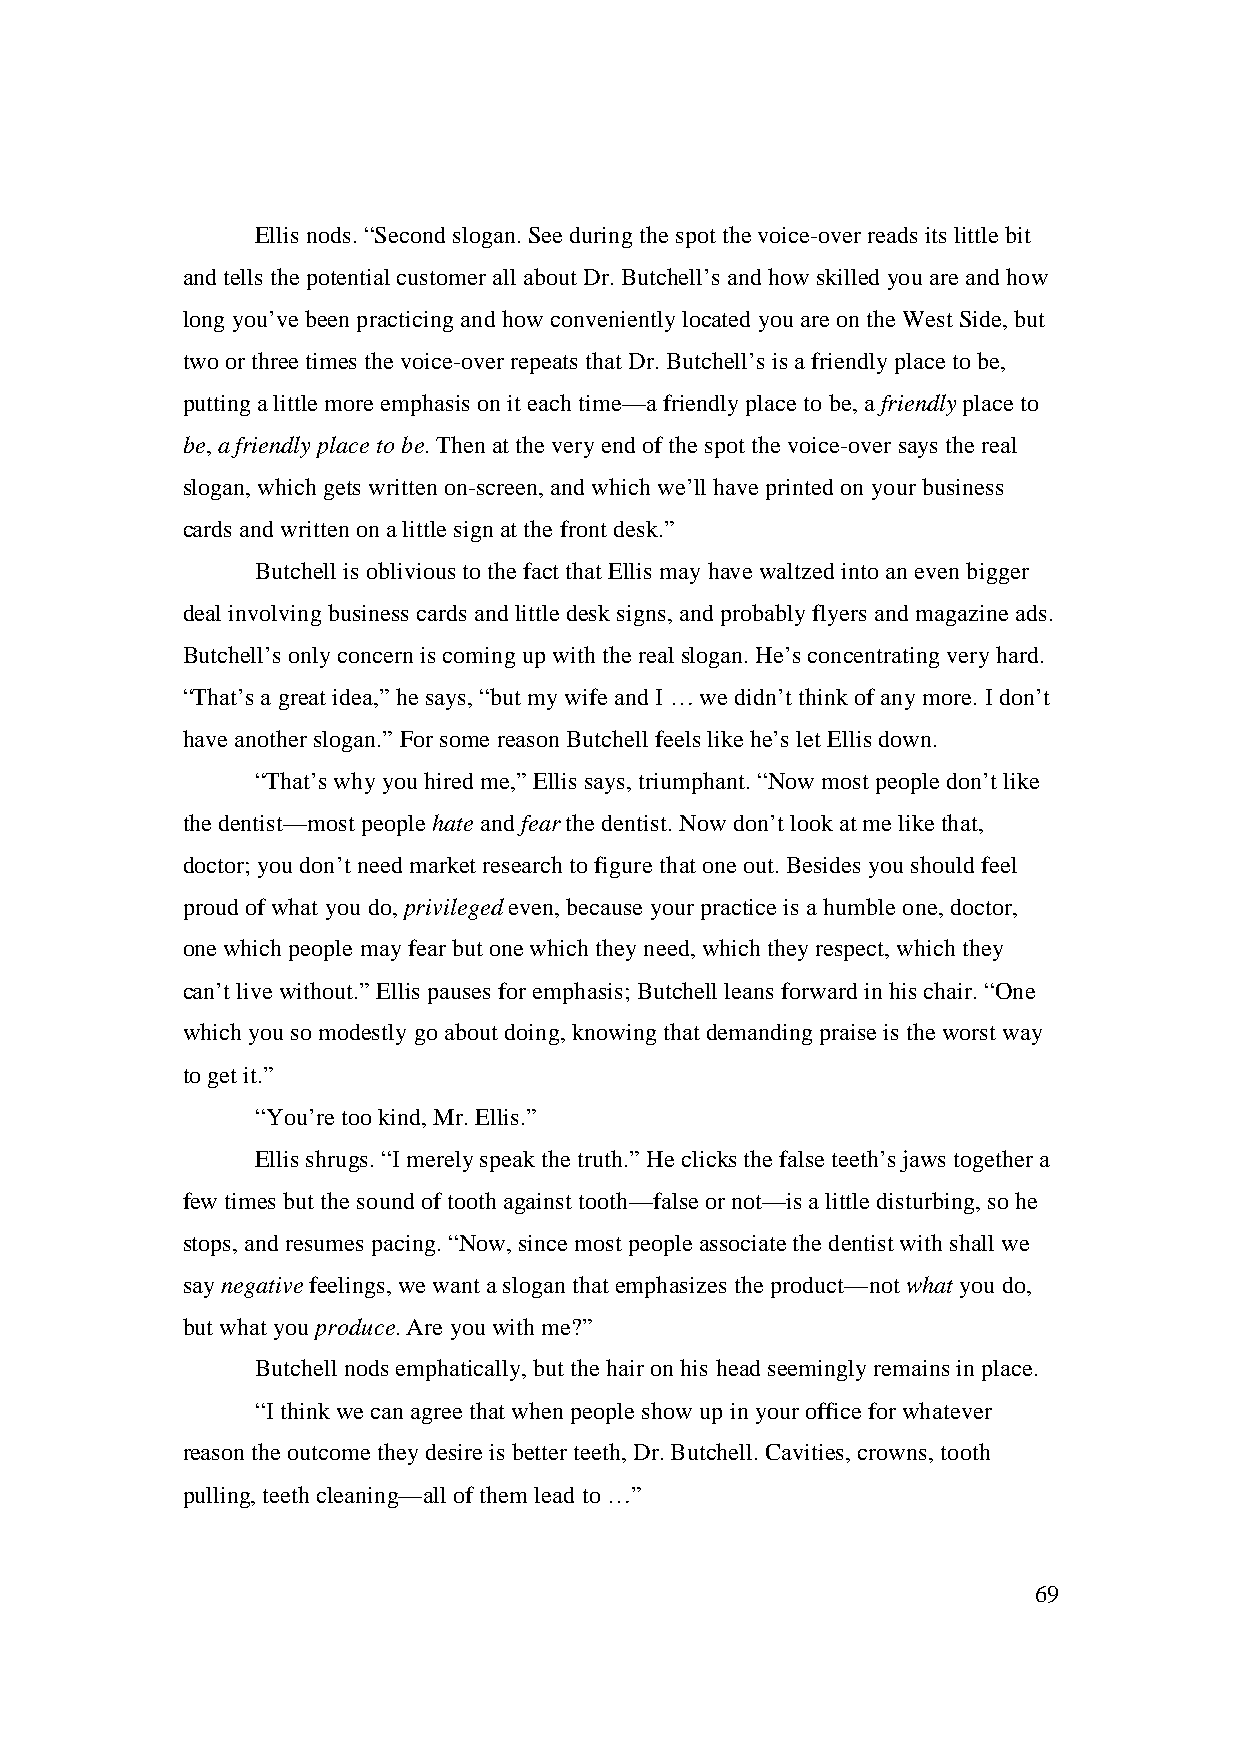
Ellis nods. “Second slogan. See during the spot the voice-over reads its little bit
 and tells the potential customer all about Dr. Butchell’s and how skilled you are and how
 long you’ve been practicing and how conveniently located you are on the West Side, but
 two or three times the voice-over repeats that Dr. Butchell’s is a friendly place to be,
 putting a little more emphasis on it each time—a friendly place to be, a friendly place to
 be, a friendly place to be. Then at the very end of the spot the voice-over says the real
 slogan, which gets written on-screen, and which we’ll have printed on your business
 cards and written on a little sign at the front desk.”
 Butchell is oblivious to the fact that Ellis may have waltzed into an even bigger
 deal involving business cards and little desk signs, and probably flyers and magazine ads.
 Butchell’s only concern is coming up with the real slogan. He’s concentrating very hard.
 “That’s a great idea,” he says, “but my wife and I … we didn’t think of any more. I don’t
 have another slogan.” For some reason Butchell feels like he’s let Ellis down.
 “That’s why you hired me,” Ellis says, triumphant. “Now most people don’t like
 the dentist—most people hate and fear the dentist. Now don’t look at me like that,
 doctor; you don’t need market research to figure that one out. Besides you should feel
 proud of what you do, privileged even, because your practice is a humble one, doctor,
 one which people may fear but one which they need, which they respect, which they
 can’t live without.” Ellis pauses for emphasis; Butchell leans forward in his chair. “One
 which you so modestly go about doing, knowing that demanding praise is the worst way
 to get it.”
 “You’re too kind, Mr. Ellis.”
 Ellis shrugs. “I merely speak the truth.” He clicks the false teeth’s jaws together a
 few times but the sound of tooth against tooth—false or not—is a little disturbing, so he
 stops, and resumes pacing. “Now, since most people associate the dentist with shall we
 say negative feelings, we want a slogan that emphasizes the product—not what you do,
 but what you produce. Are you with me?”
 Butchell nods emphatically, but the hair on his head seemingly remains in place.
 “I think we can agree that when people show up in your office for whatever
 reason the outcome they desire is better teeth, Dr. Butchell. Cavities, crowns, tooth
 pulling, teeth cleaning—all of them lead to …”
 69